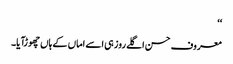
‘‘
معروف حسن اگلے روز ہی اسے اماں کے ہاں چھوڑآیا۔